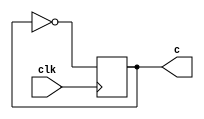
module clock(clk, c);
	input clk;
	output c;

	reg count = 0;

	assign c = count;

	always @(posedge clk)
		count = ~count;
endmodule